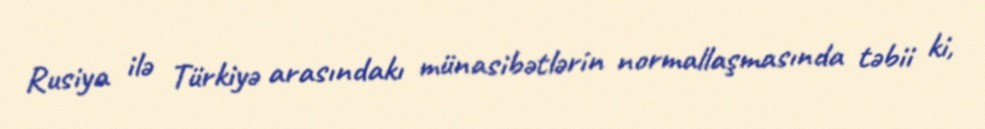
Rusiya ilə Türkiyə arasındakı münasibətlərin normallaşmasında təbii ki,